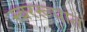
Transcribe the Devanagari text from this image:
स्वररूपात